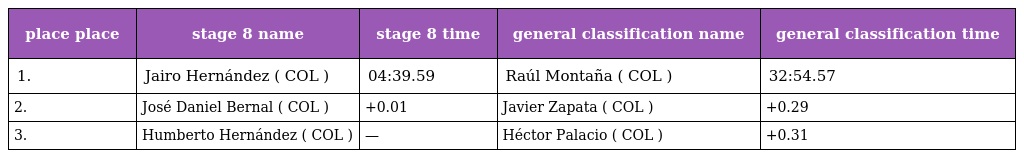
| place place | stage 8 name | stage 8 time | general classification name | general classification time |
 | --- | --- | --- | --- | --- |
 | 1. | Jairo Hernández ( COL ) | 04:39.59 | Raúl Montaña ( COL ) | 32:54.57 |
 | 2. | José Daniel Bernal ( COL ) | +0.01 | Javier Zapata ( COL ) | +0.29 |
 | 3. | Humberto Hernández ( COL ) | — | Héctor Palacio ( COL ) | +0.31 |